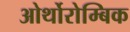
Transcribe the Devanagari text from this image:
ओर्थोरोम्बिक